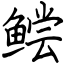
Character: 鲿